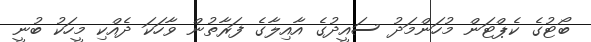
ބޯޓުގެ ކެޕްޓަން މުހަންމަދު ސައީދުގެ އާއިލާގެ ފަރާތުން ވާހަކަ ދެއްކި މީހަކު ބުނީ